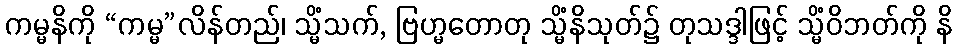
ကမ္မနိကို “ကမ္မ”လိန်တည်၊ သ္မိံသက်, ဗြဟ္မတောတု သ္မိံနိသုတ်၌ တုသဒ္ဒါဖြင့် သ္မိံဝိဘတ်ကို နိ